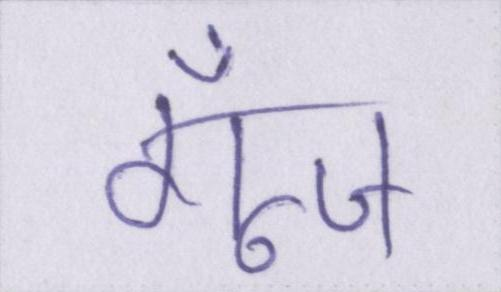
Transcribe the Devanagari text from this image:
गूँज